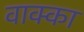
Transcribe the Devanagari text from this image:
वाक्का